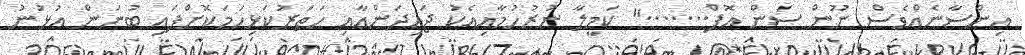
އިންސާނެއްވެސް ނޫން ސަން އޮފް......." ކަމީލާ ނުރުހުމާއިއެކު ޖައިދަންއާއި ހަތަރުކަޅިހަމަކޮށްފައި ބުނަން އުޅުނު